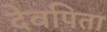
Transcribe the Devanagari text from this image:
देवपिता